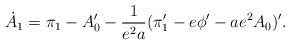
LaTeX: \begin{align*}\dot A_1 = \pi_1 - A'_0 - {1\over{e^2a}}(\pi'_1 - e\phi' - ae^2A_0)'.\end{align*}